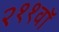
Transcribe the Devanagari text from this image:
२११वॉ